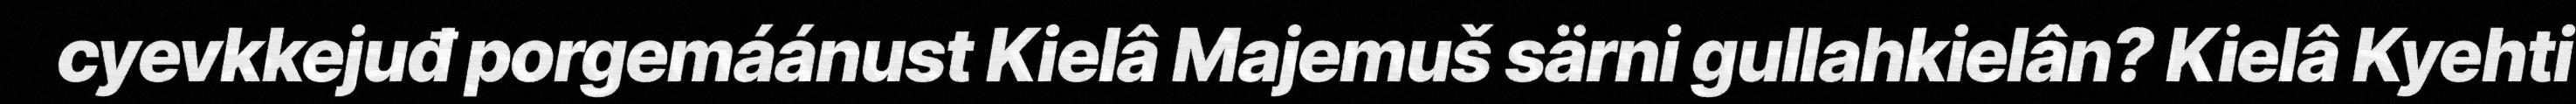
cyevkkejuđ porgemáánust Kielâ Majemuš särni gullahkielân? Kielâ Kyehti